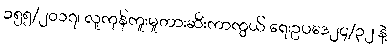
၁၅၅/၂၀၁၇၊ လူကုန်ကူးမှုတားဆီးကာကွယ် ရေးဥပဒေ၂၄/၃၂ နဲ့